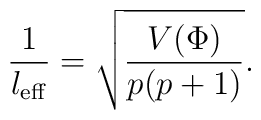
\frac{1}{l_{\rm eff}}=\sqrt{\frac{V(\Phi)}{p(p+1)}}.